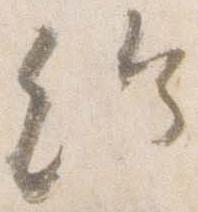
給